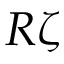
R \zeta